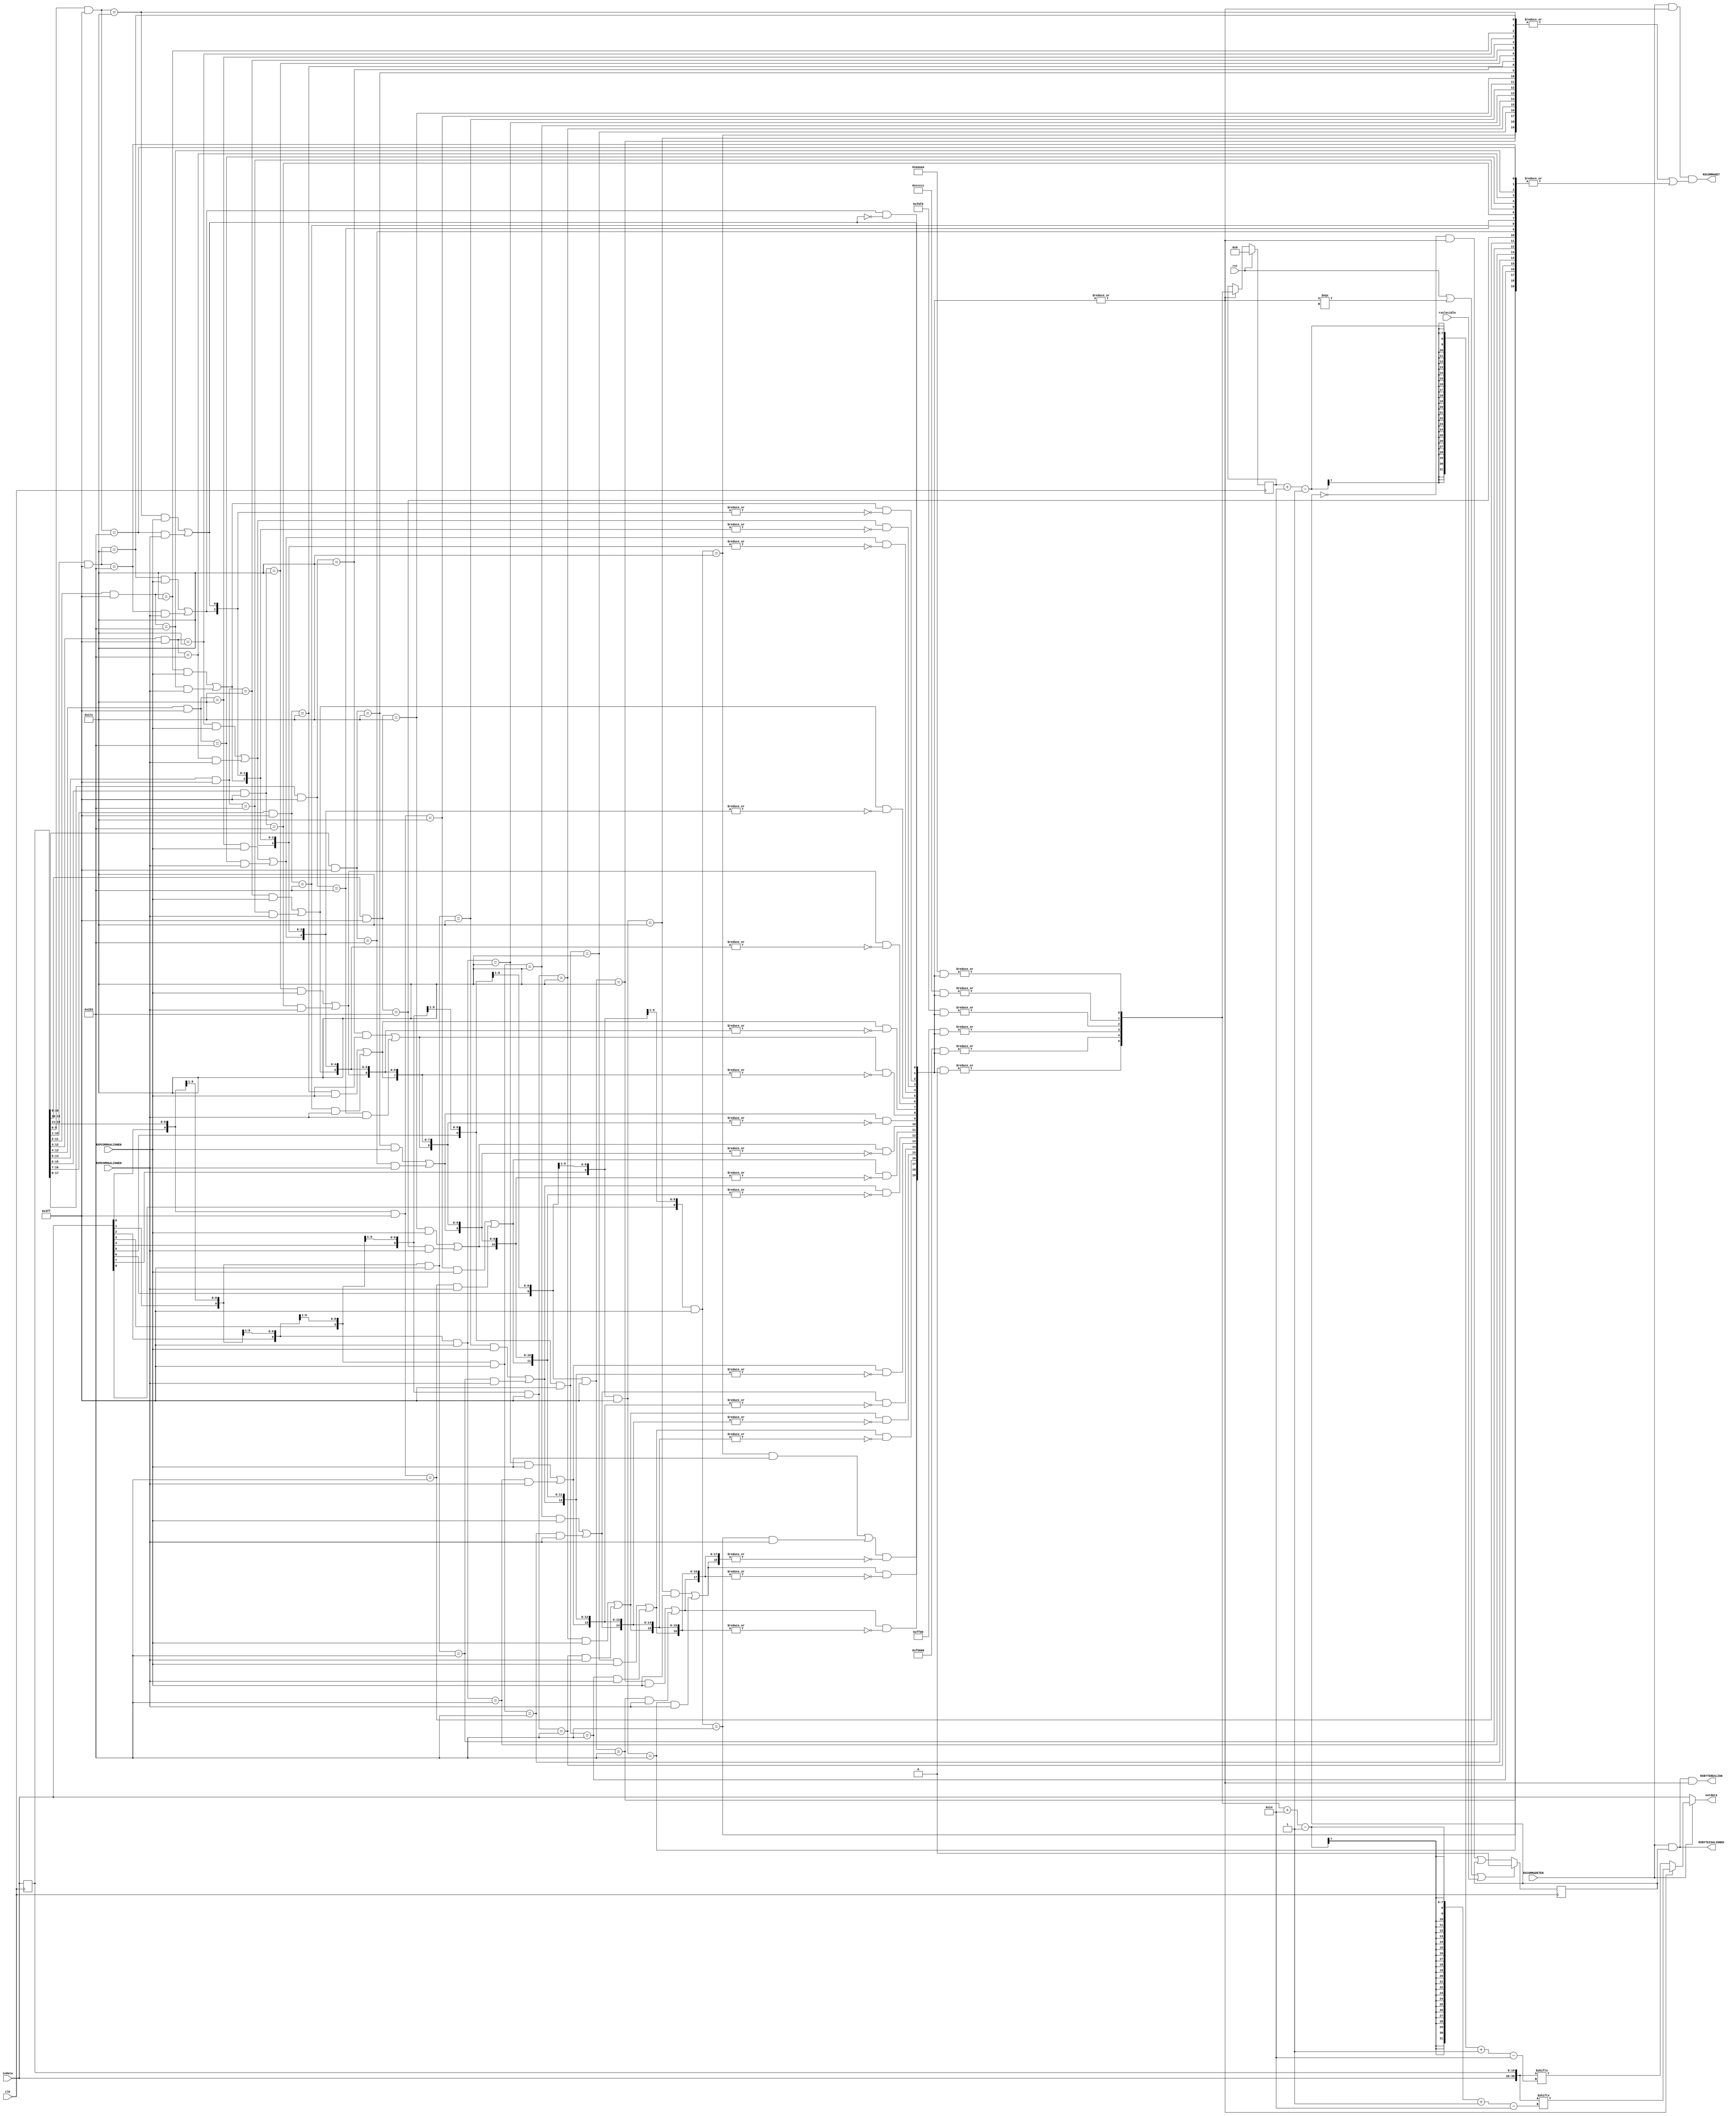
/*******************************************************************************
 * Module: gtxe2_chnl_rx_align
 * Description: reciever's comma-aligner implementation
 *
 * Copyright (c) 2015 Elphel, Inc.
 * gtxe2_chnl_rx_align.v is free software; you can redistribute it and/or modify
 * it under the terms of the GNU General Public License as published by
 * the Free Software Foundation, either version 3 of the License, or
 * (at your option) any later version.
 *
 * gtxe2_chnl_rx_align.v file is distributed in the hope that it will be useful,
 * but WITHOUT ANY WARRANTY; without even the implied warranty of
 * MERCHANTABILITY or FITNESS FOR A PARTICULAR PURPOSE.  See the
 * GNU General Public License for more details.
 *
 * You should have received a copy of the GNU General Public License
 * along with this program.  If not, see <http://www.gnu.org/licenses/> .
 *******************************************************************************/
module gtxe2_chnl_rx_align #(
    parameter width = 20,
    parameter   [9:0]   ALIGN_MCOMMA_VALUE  = 10'b1010000011,
    parameter           ALIGN_MCOMMA_DET    = "TRUE",
    parameter   [9:0]   ALIGN_PCOMMA_VALUE  = 10'b0101111100,
    parameter           ALIGN_PCOMMA_DET    = "TRUE",
    parameter   [9:0]   ALIGN_COMMA_ENABLE  = 10'b1111111111,
    parameter           ALIGN_COMMA_DOUBLE  = "FALSE",
    parameter           ALIGN_COMMA_WORD    = 1
)
(
    input   wire                    clk,
    input   wire                    rst,
    input   wire    [width - 1:0]   indata,
    output  wire    [width - 1:0]   outdata,

    input   wire                    rxelecidle,

    output  wire                    RXBYTEISALIGNED,
    output  wire                    RXBYTEREALIGN,
    output  wire                    RXCOMMADET,

    input   wire                    RXCOMMADETEN,
    input   wire                    RXPCOMMAALIGNEN,
    input   wire                    RXMCOMMAALIGNEN
);

localparam  comma_width = ALIGN_COMMA_DOUBLE == "FALSE" ? 10 : 20;
localparam  window_size = width;//comma_width + width;

// prepare a buffer to be scanned on comma matches
reg     [width - 1:0]       indata_r;
wire    [width*2 - 1:0]     data;

// looking for matches in all related bit history - in 'data'
assign  data    = {indata, indata_r};//{indata_r, indata};
always @ (posedge clk)
    indata_r <= indata;

// finding matches
wire    [comma_width - 1:0] comma_window [window_size - 1:0];
//initial
//  for (idx = 0; idx < window_size; idx = idx + 1) $dumpvars(0, comma_width[idx]);
wire    [window_size - 1:0] comma_match; // shows all matches
wire    [window_size - 1:0] comma_pos; // shows the first match
wire    [window_size - 1:0] pcomma_match;
wire    [window_size - 1:0] mcomma_match;

genvar ii;
generate
for (ii = 0; ii < window_size; ii = ii + 1)
begin: filter
    assign  comma_window[ii]    = data[comma_width + ii - 1:ii];
    assign  pcomma_match[ii]    = (comma_window[ii] & ALIGN_COMMA_ENABLE) == (ALIGN_PCOMMA_VALUE & ALIGN_COMMA_ENABLE);
    assign  mcomma_match[ii]    = (comma_window[ii] & ALIGN_COMMA_ENABLE) == (ALIGN_MCOMMA_VALUE & ALIGN_COMMA_ENABLE);
    assign  comma_match[ii]     = pcomma_match[ii] & RXPCOMMAALIGNEN | mcomma_match[ii] & RXMCOMMAALIGNEN;
end
endgenerate

// so, comma_match indicates bits, from whose comma/doublecomma (or commas) occurs in the window buffer
// all we need from now is to get one of these bits, [x], and say [x+width-1:x] is an aligned data

// doing it in a hard way
generate
for (ii = 1; ii < window_size; ii = ii + 1)
begin: filter_comma_pos
    assign  comma_pos[ii] = comma_match[ii] & ~|comma_match[ii - 1:0];
end
endgenerate
assign  comma_pos[0] = comma_match[0];
// so, comma_pos's '1' indicates the first comma occurence. there is only one '1' in the vector

function integer clogb2;
    input [31:0] value;
    begin
        value = value - 1;
        for (clogb2 = 0; value > 0; clogb2 = clogb2 + 1) begin
            value = value >> 1;
        end
    end
endfunction

function integer powerof2;
    input [31:0] value;
    begin
        value = 1 << value;
    end
endfunction

localparam pwidth = clogb2(width * 2 -1);

// decoding (finding an index, representing '1' in comma_pos)
wire    [pwidth - 1:0]      pointer;
reg     [pwidth - 1:0]      pointer_latched;
wire                        pointer_set;
wire    [window_size - 1:0] pbits [pwidth - 1:0];
genvar jj;
generate
for (ii = 0; ii < pwidth; ii = ii + 1)
begin: for_each_pointers_bit
    for (jj = 0; jj < window_size; jj = jj + 1)
    begin: calculate_encoder_mask
        assign pbits[ii][jj] = jj[ii];
    end
    assign pointer[ii] = |(pbits[ii] & comma_pos);
end
endgenerate

//here we are: pointer = index of a beginning of the required output data
reg     is_aligned;

assign  outdata     = ~RXCOMMADETEN ? indata : pointer_set ? data[pointer + width - 1 -:width] : data[pointer_latched + width - 1 -:width];
assign  pointer_set = |comma_pos;
assign  RXCOMMADET  = RXCOMMADETEN & pointer_set & (|pcomma_match & ALIGN_PCOMMA_DET == "TRUE" | |mcomma_match & ALIGN_MCOMMA_DET == "TRUE");
assign  RXBYTEISALIGNED = RXCOMMADETEN & is_aligned;
assign  RXBYTEREALIGN = RXCOMMADETEN & is_aligned & pointer_set;

always @ (posedge clk)
begin
    is_aligned      <= rst | pointer_set === 1'bx | rxelecidle ? 1'b0 : ~is_aligned & pointer_set | is_aligned;
    pointer_latched <= rst ? {pwidth{1'b0}} : pointer_set ? pointer : pointer_latched;
end

endmodule